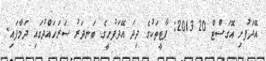
އޭދަފުށި އޮގަސްޓް 20 2013: ޕާޓީތަކުގެ ދިދަ އޭދަފުށީގެ ބަނދަރު ސަަރަހައްދުގައި ދަމާފައި.